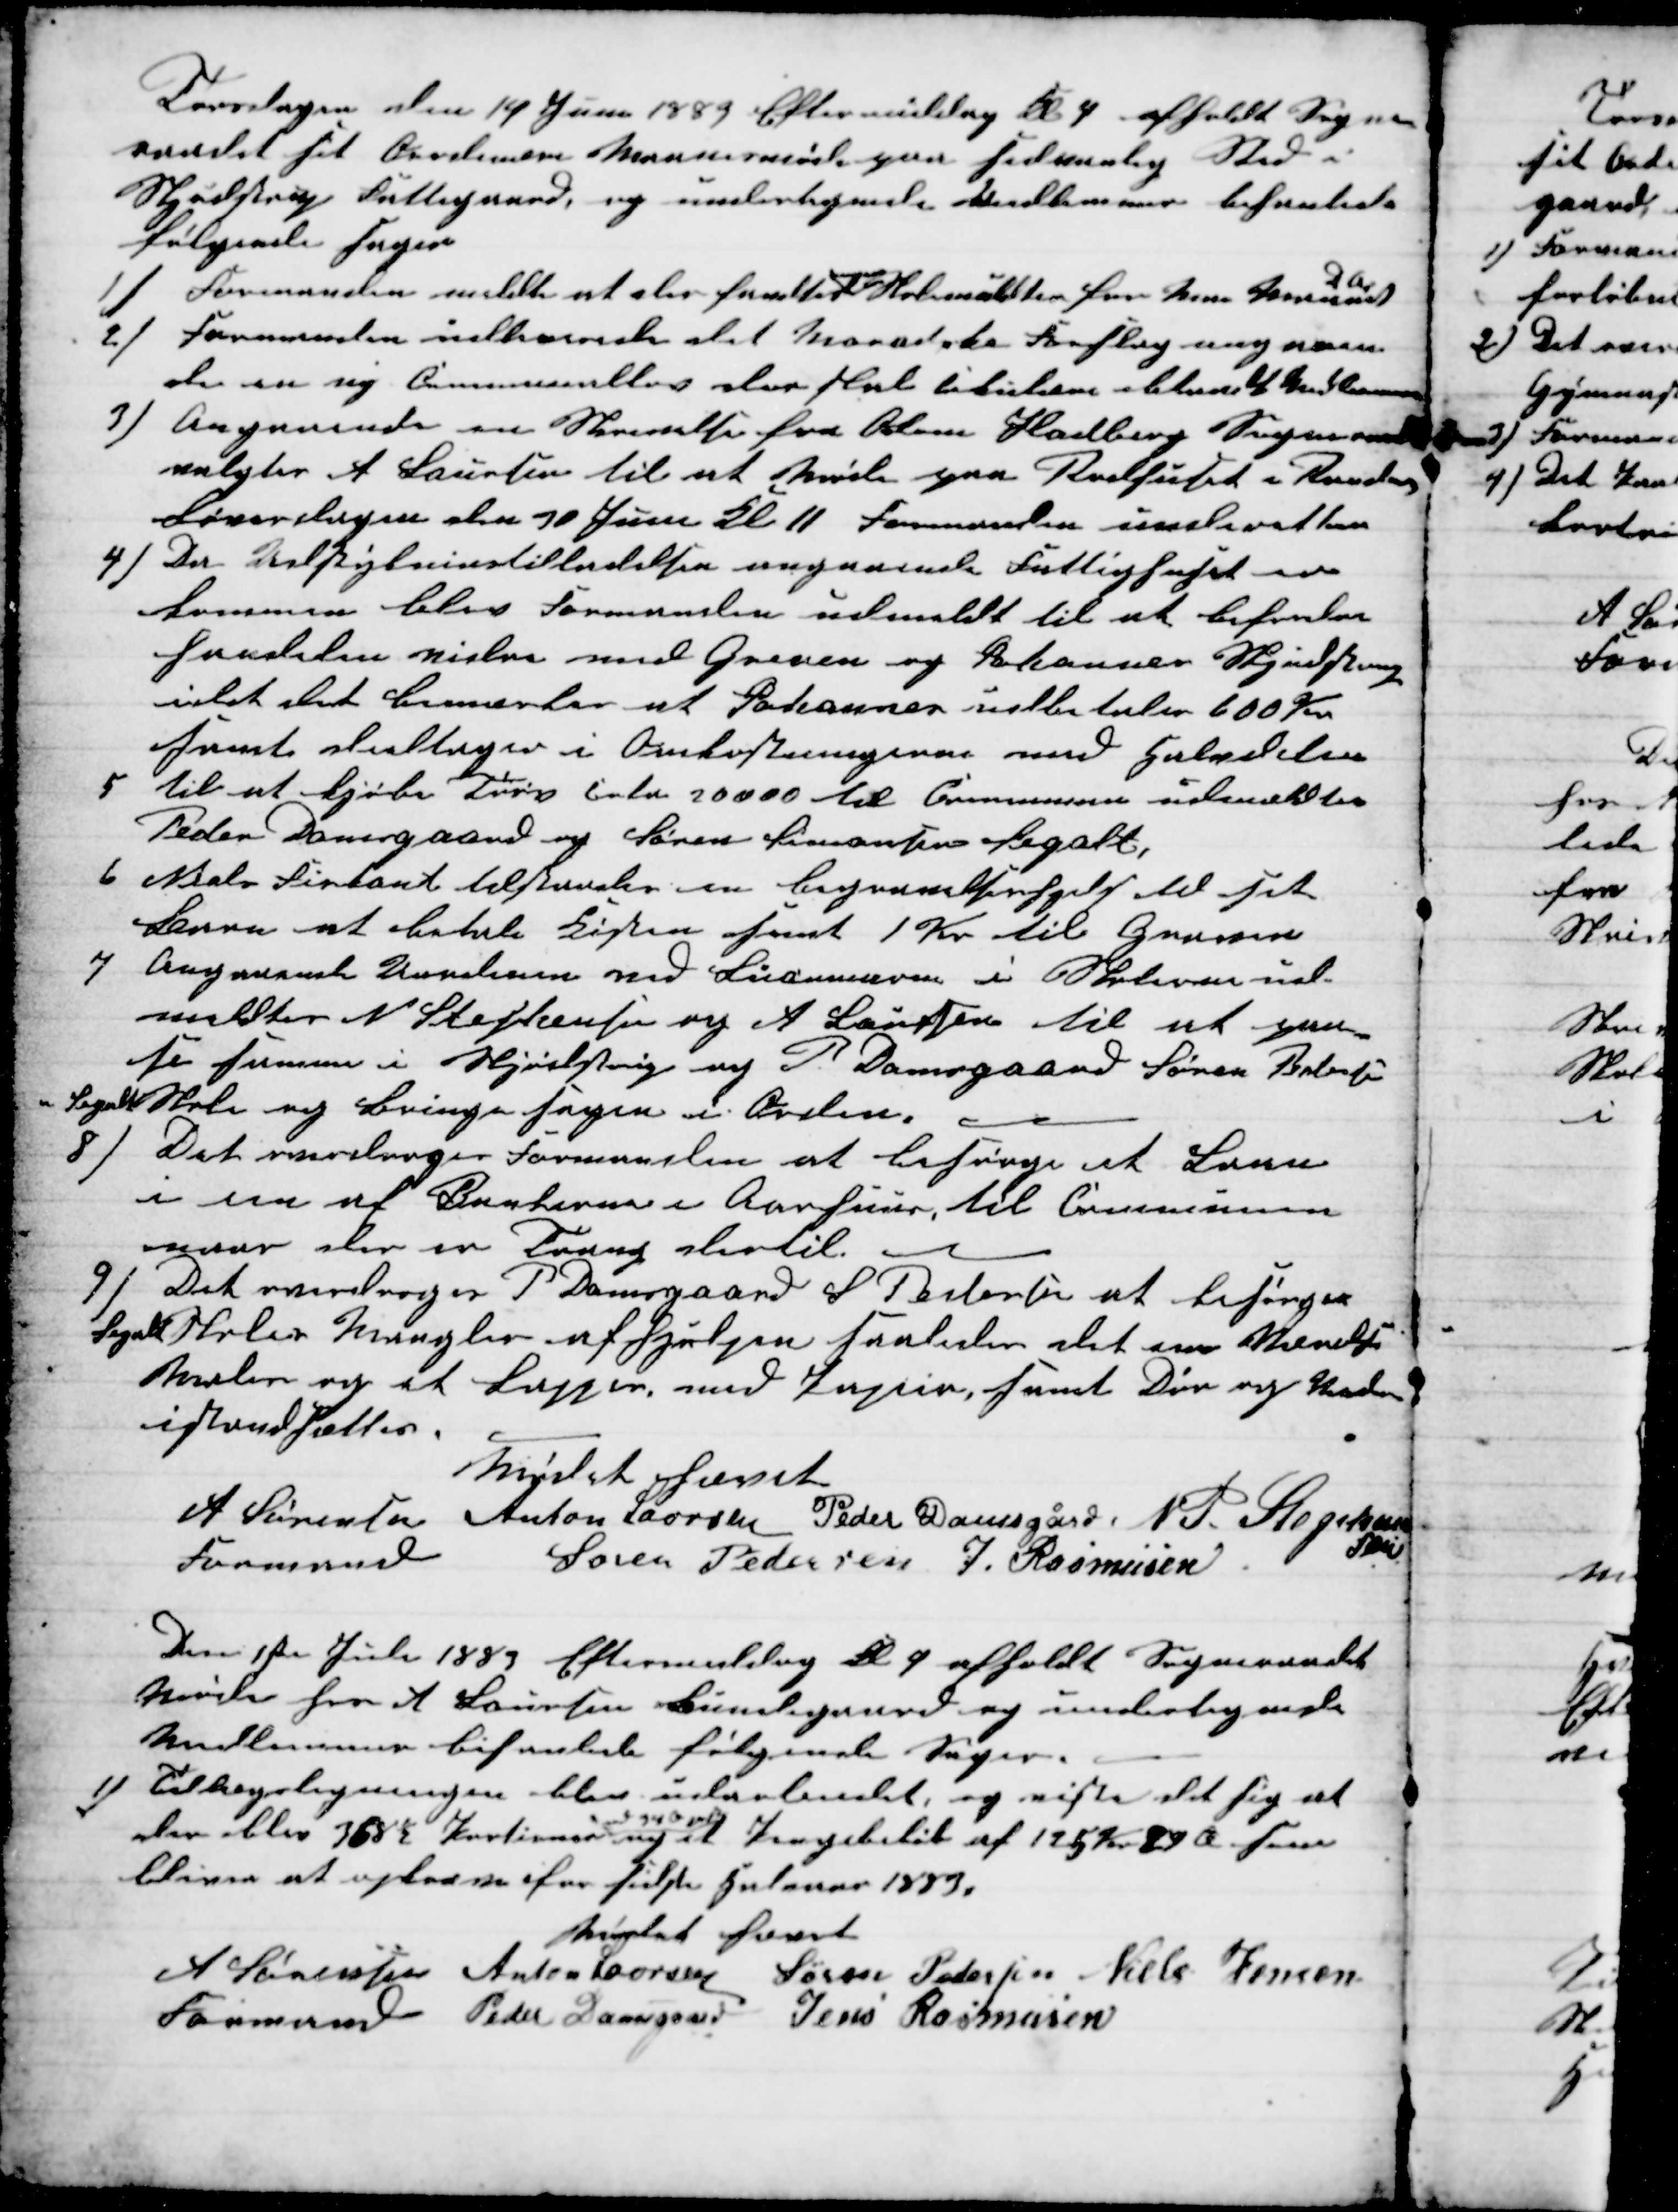
Transskription:
Torsdagen den 14 Juni 1883 Eftermiddag Kl 4 afholdt Sogne-
raadet sit ordinære Maanedsmøde paa sedvanlig Sted i
Skjødstrup Fattigaard, og undertegnede medlemmer behanlede
følgende sager
1)
Formanden meldte at der fandtes
ingen
Skolemulkter for Mai Maaned
 D Aa
2) Formanden udleverede det Moradske Forslag angaaen-
de en ny Communallov der skal Cirkulere bland 4 Medlemmer
3) Angaaende en Skrivelse fra Ødum Hadberg Sogneraad
valgtes A Laursen til at møde paa Raadhuset i Randers
Løverdagen den 30 Juni Kl 11 Formanden underetter
4) Da Udstykninstilladelsen angaaende Fattighuset er
kommen blev Formanden udmeldt til at befordre
handelen vidre med Greven og Johansen Skjødstrup
idet det bemærkes at Johansen udbetales 600 Kr.
samt deltager i Omkostningerne med Halvdelen
5
til at kjøbe Tørv cirka 20000 til Communen udmeldtes
Peder Damsgaard og Søren Simonsen Segalt.
6
Niels Firkant tilstodes en begravelseshjelp til sit
Barn at betale Kisten samt 1 Kr til Graven
7
Angaaende Uordenen med Bøderne i Skolerne ud-
meldtes N. Stephansen og A Laursen til at paa-
se samme i Skjødstrup og P. Damsgaard Søren Pedersen
Segalt Skole og bringe Sagen i Orden.
8) Det overdroges Formanden at besørge et Laan
i en af Bankerne i Aarhuus til Communen
naar der er Trang dertil.
9) Det overdroges P Damsgaard S Pedersen at besørge
Segalt Skoles Mangler afhjulpen saaledes det ene Værelse
Males og et Lappes med Papir samt Dør og Vinduer
istandsættes.
Mødet hævet
A Sørensen 
Formand
Anton Laursen Peder Damsgård, N. P. Stephan-
sen
Søren Pedersen J. Rasmusen
Den 1ste Juli 1883 Eftermiddag Kl 4 afholdt Sogneraadet
Møde hos A Laursen Bundegaard og undertegnede
Medlemmer behanlede følgende Sager.
1) Tillægsligningen blev udarbeidet, og viste det sig at
der blev 368½ Portioner 
ad 94 Ø pr
og et Pengebeløb af 125 Kr 29 Ø som
bliver at opkræve for sidste Halvaar 1883.
Mødet hævet
A Sørensen 
Formand
Anton Laursen Søren Pedersen Niels Jensen
Peder Damsgaard Jens Rasmusen